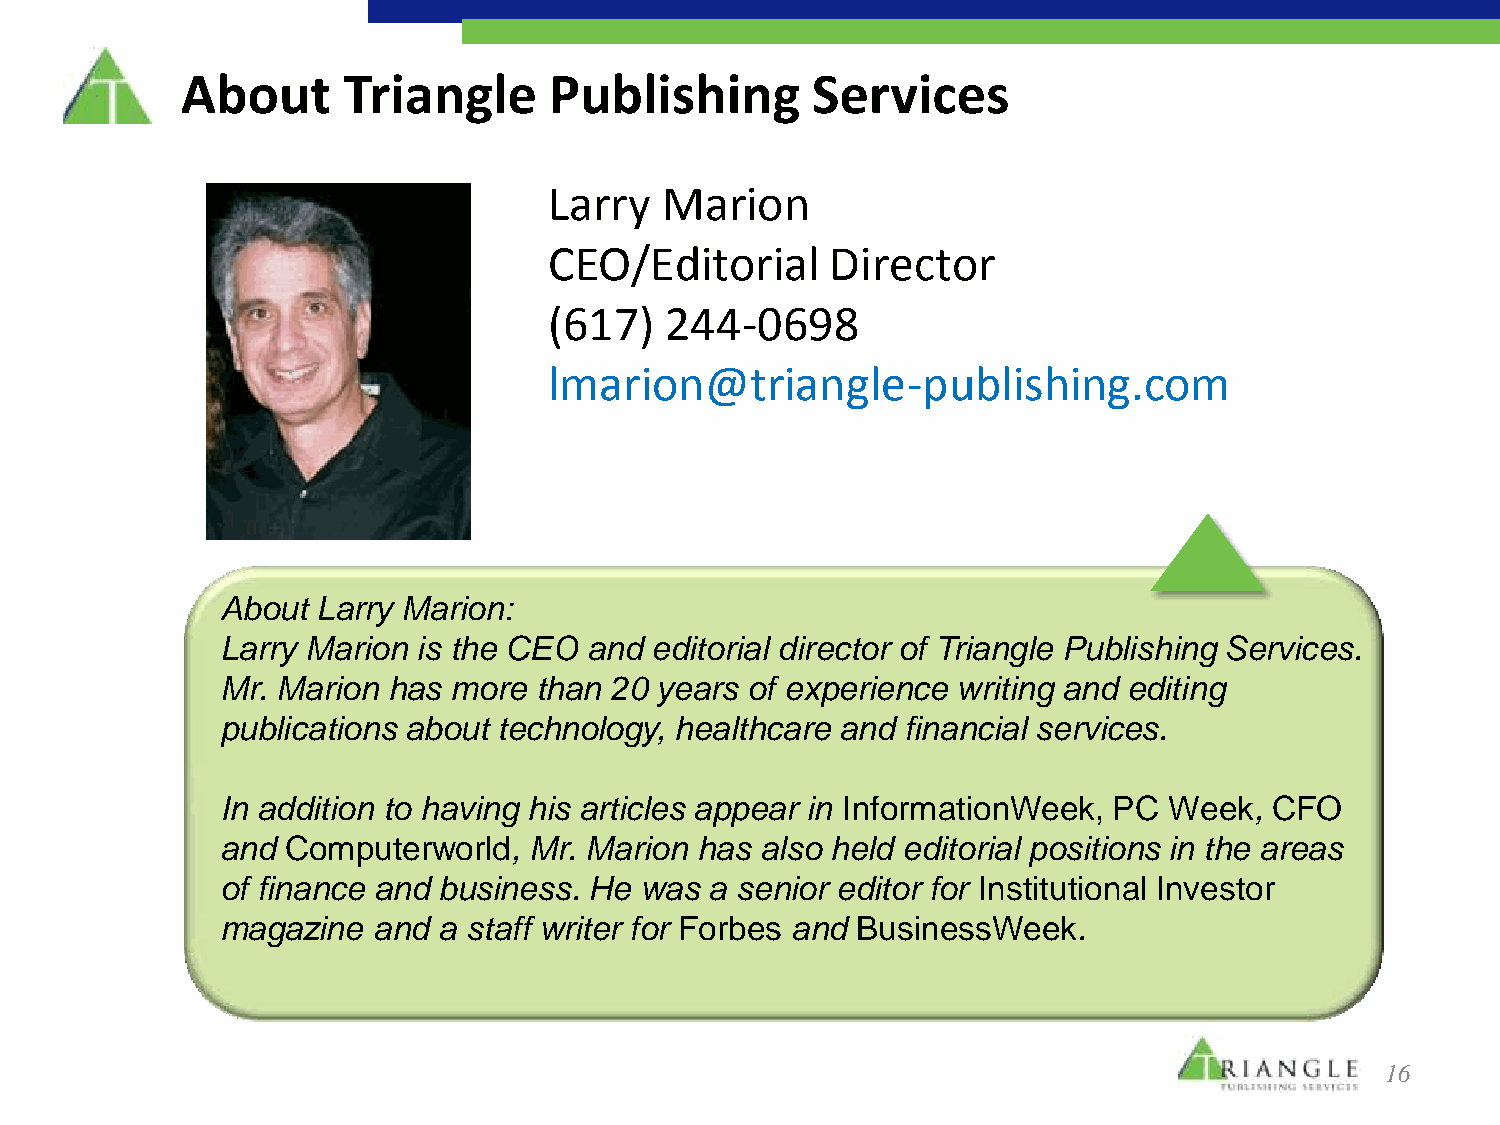
About      Triangle     Publishing        Services
 Larry   Marion
 CEO/Editorial      Director
 (617)   244-0698
 lmarion@triangle-publishing.com
 About Larry Marion:
 Larry Marion is the CEO and editorial director of Triangle Publishing Services.
 Mr. Marion has more than 20 years of experience writing and editing
 publications about technology, healthcare and financial services.
 In addition to having his articles appear in InformationWeek, PC Week, CFO
 and Computerworld,  Mr. Marion has also held editorial positions in the areas
 of finance and business. He was a senior editor for Institutional Investor
 magazine  and a staff writer for Forbes and BusinessWeek.
 16